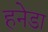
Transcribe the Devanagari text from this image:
हनेडा